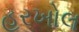
હરખોલ